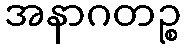
အနာဂတဉ္စ